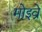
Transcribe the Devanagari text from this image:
मोइव्रे